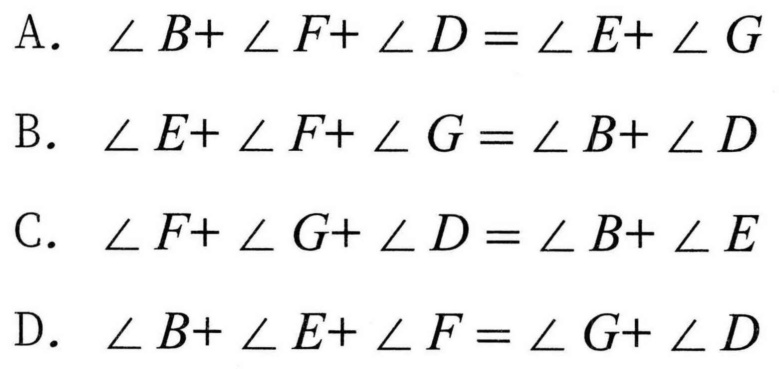
A. \(\angle B+\angle F+\angle D=\angle E+\angle G\)
B. \(\angle E+\angle F+\angle G=\angle B+\angle D\)
C. \(\angle F+\angle G+\angle D=\angle B+\angle E\)
D. \(\angle B+\angle E+\angle F=\angle G+\angle D\)